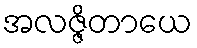
အလဇ္ဇိတာယေ